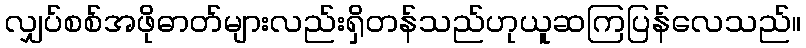
လျှပ်စစ်အဖိုဓာတ်များလည်းရှိတန်သည်ဟုယူဆကြပြန်လေသည်။